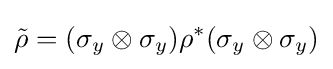
{\tilde {\rho }}=(\sigma _{y}\otimes \sigma _{y})\rho ^{*}(\sigma _{y}\otimes \sigma _{y})